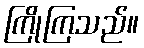
ကြိုကြသည်။